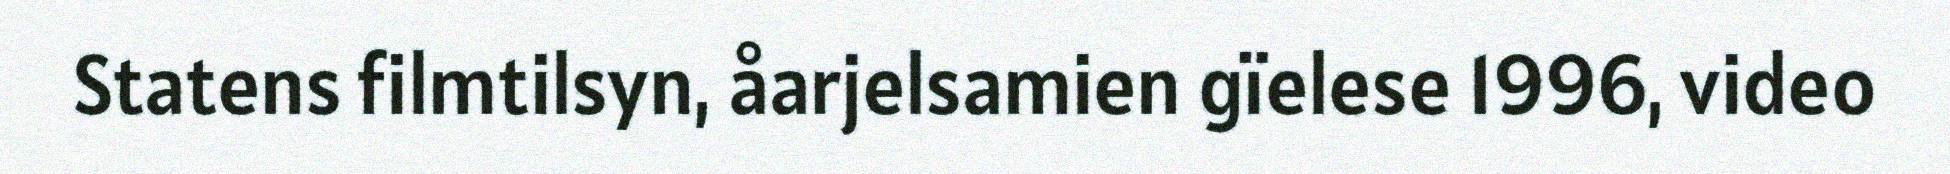
Statens filmtilsyn, åarjelsamien gïelese 1996, video